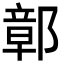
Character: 鄣